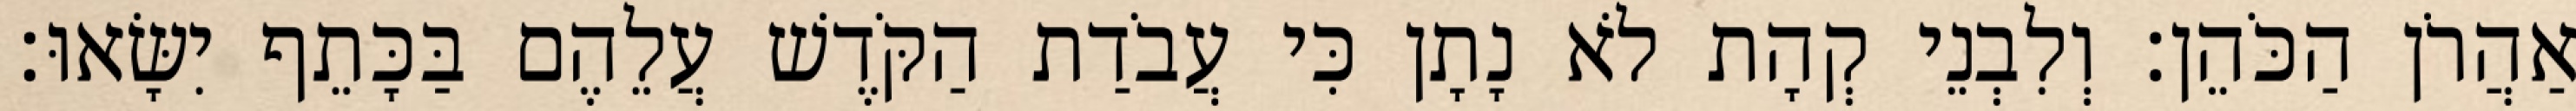
אַהֲרֹן הַכֹּהֵן׃ וְלִבְנֵי קְהָת לֹא נָתָן כִּי עֲבֹדַת הַקֹּדֶשׁ עֲלֵהֶם בַּכָּתֵף יִשָּׂאוּ׃